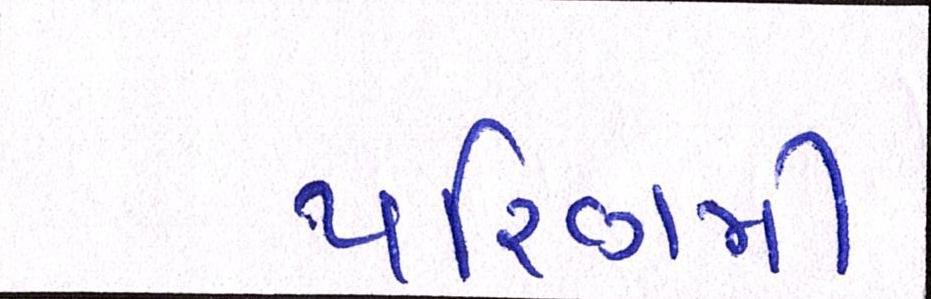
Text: પરિણમી